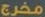
مخرج